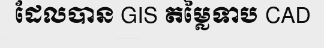
ដែលបាន GIS តម្លៃទាប CAD